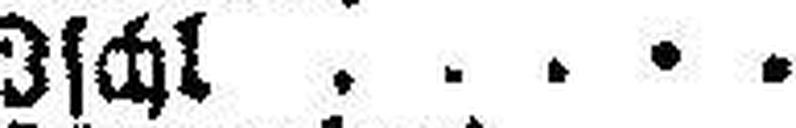
Ischl